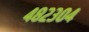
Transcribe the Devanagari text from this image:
४८२३०४